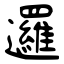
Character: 邏